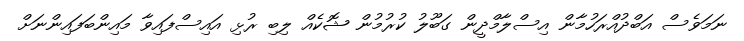
ނަމަވެސް އަބްދުއްރަހުމާން އިސްލާމްދީން ގަބޫލު ކުރުމުން ޝޮކެއް ލިބި ރުޅި އައިސްފައިވާ މައިންބަފައިންނަށް